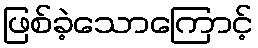
ဖြစ်ခဲ့သောကြောင့်